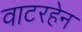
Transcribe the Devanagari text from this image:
वाटरहेन